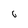
Character: 6